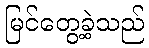
မြင်တွေ့ခဲ့သည်